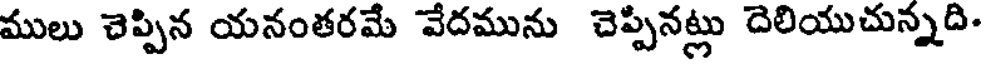
ములు చెప్పిన యనంతరమే వేదమును చెప్పినట్లు దెలియుచున్నది-